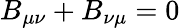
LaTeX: B_{\mu\nu}+B_{\nu\mu}=0